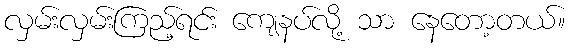
လှမ်းလှမ်းကြည့်ရင်း ကျေနပ်လို့ သာ နေတော့တယ်။